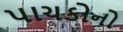
પાચકોનો